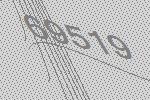
69519